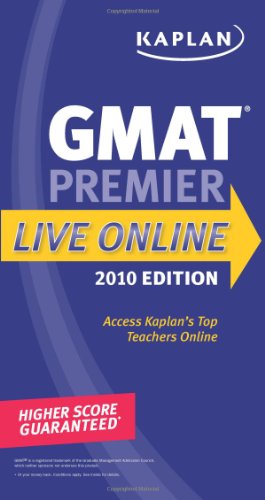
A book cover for Kaplan GMAT 2010 Premier Live Online (Kaplan Gmat Premier Live); Kaplan; Test Preparation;